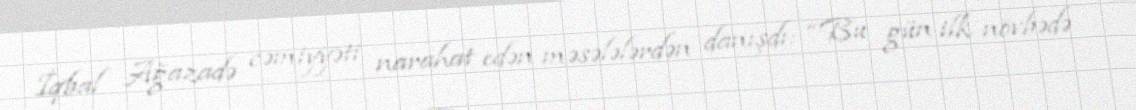
İqbal Ağazadə cəmiyyəti narahat edən məsələlərdən danışdı: “Bu gün ilk növbədə